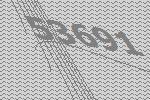
53691